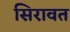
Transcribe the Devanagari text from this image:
सिरावत